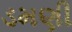
ડમણી